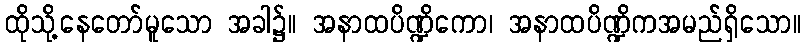
ထိုသို့နေတော်မူသော အခါ၌။ အနာထပိဏ္ဍိကော၊ အနာထပိဏ္ဍိကအမည်ရှိသော။